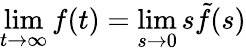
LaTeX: \operatorname*{lim}_{t\to\infty}f(t)=\operatorname*{lim}_{s\to 0}s\tilde{f}(s)